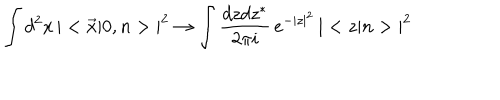
\int d ^ { 2 } x \, | < \vec { x } | 0 , n > | ^ { 2 } \to \int { \frac { d z d z ^ { * } } { 2 \pi i } } \, e ^ { - | z | ^ { 2 } } \, | < z | n > | ^ { 2 }